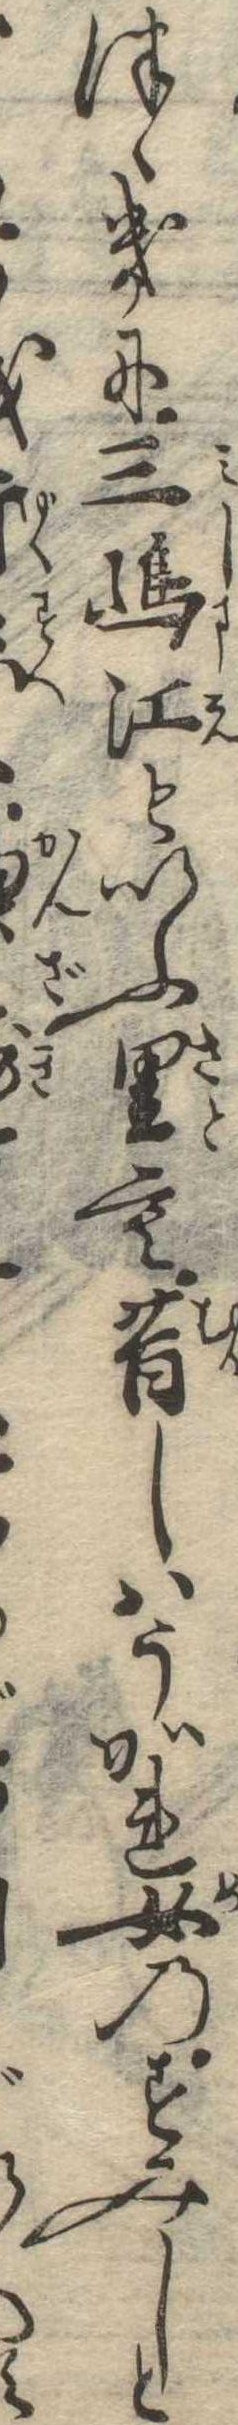
つゝきに三島江といふ里も昔しはうかれ女のすみしと